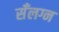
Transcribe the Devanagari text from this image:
सँलग्न